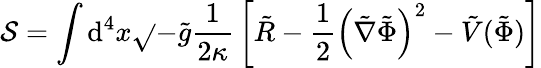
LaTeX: \mathcal{S}=\int\mathrm{{d}}^{4}x{\sqrt{}{{-{\tilde{{g}}}}}}{\frac{{1}}{{2\kappa}}}\left[{\tilde{{R}}}-{\frac{{1}}{{2}}}\left({\tilde{{\nabla}}}{\tilde{{\Phi}}}\right)^{2}-{\tilde{{V}}}({\tilde{{\Phi}}})\right]